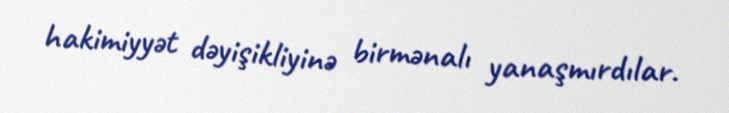
hakimiyyət dəyişikliyinə birmənalı yanaşmırdılar.